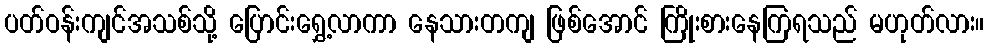
ပတ်ဝန်းကျင်အသစ်သို့ ပြောင်းရွှေ့လာကာ နေသားတကျ ဖြစ်အောင် ကြိုးစားနေကြရသည် မဟုတ်လား။